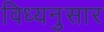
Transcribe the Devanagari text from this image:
विध्यनुसार